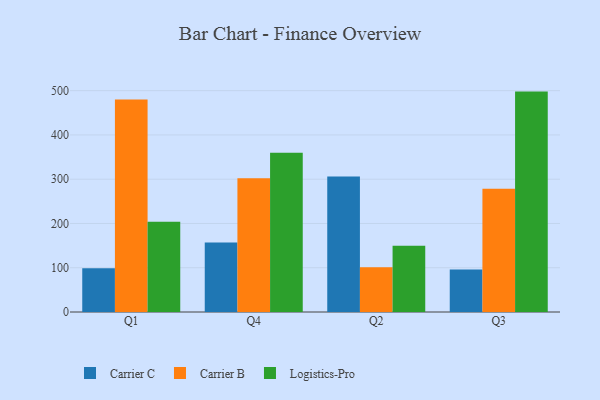
{"axis": {"x": "Quarter", "y": "Budget (USD K)"}, "legend": ["Carrier B", "Carrier C", "Logistics-Pro"], "data": [{"x": "Q1", "y": 98.9, "type": "Carrier C"}, {"x": "Q1", "y": 480.0, "type": "Carrier B"}, {"x": "Q1", "y": 203.9, "type": "Logistics-Pro"}, {"x": "Q4", "y": 156.8, "type": "Carrier C"}, {"x": "Q4", "y": 302.0, "type": "Carrier B"}, {"x": "Q4", "y": 359.6, "type": "Logistics-Pro"}, {"x": "Q2", "y": 306.2, "type": "Carrier C"}, {"x": "Q2", "y": 100.9, "type": "Carrier B"}, {"x": "Q2", "y": 149.7, "type": "Logistics-Pro"}, {"x": "Q3", "y": 96.2, "type": "Carrier C"}, {"x": "Q3", "y": 278.3, "type": "Carrier B"}, {"x": "Q3", "y": 497.9, "type": "Logistics-Pro"}]}